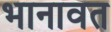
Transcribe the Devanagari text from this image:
भानावत